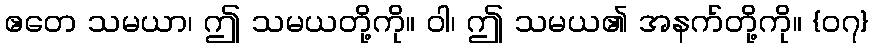
ဧတေ သမယာ၊ ဤ သမယတို့ကို။ ဝါ၊ ဤ သမယ၏ အနက်တို့ကို။ {၀၇}